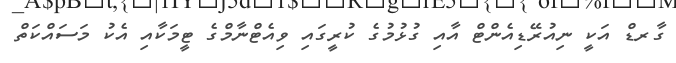
ގާރޑް އަކީ ނިއުރޭޑިއެންޓް އާއި ގުޅުމުގެ ކުރީގައި ވިއެޓްނާމްގެ ޓީމަކާއި އެކު މަސައްކަތް